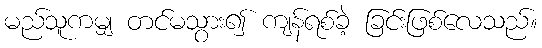
မည်သူကမျှ တင်မသွား၍ ကျန်ရစ်ခဲ့ ခြင်းဖြစ်လေသည်။